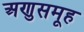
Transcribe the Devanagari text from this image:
अणुसमूह